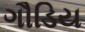
ગૌડિય